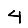
Digit: 4